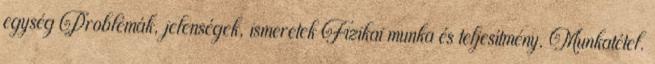
egység Problémák, jelenségek, ismeretek Fizikai munka és teljesítmény. Munkatétel.